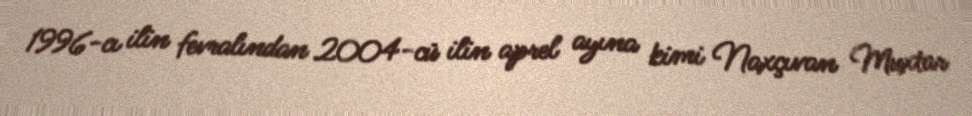
1996-cı ilin fevralından 2004-cü ilin aprel ayına kimi Naxçıvan Muxtar